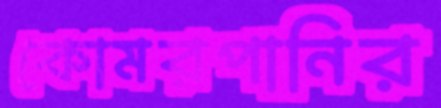
কোমরপানির